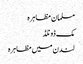
مسلمان مظاہرہ
مک ڈونلڈ
لندن میں مظاہرہ